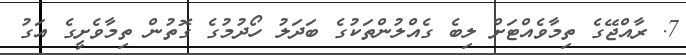
7. ރާއްޖޭގެ ތިމާވެއްޓަށް ލިބެ ގެއްލުންތަކުގެ ބަދަލު ހޯދުމުގެ ގޮތުން ތިމާވެށީގެ އަގު